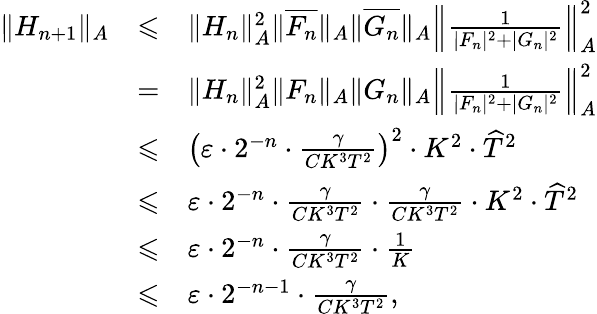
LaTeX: \begin{array}{lcl}{\| H_{n+1}\| _{A}}&{\leqslant}&{\| H_{n}\| _{A}^{2}\| \overline{{F_{n}}}\| _{A}\| \overline{{G_{n}}}\| _{A}\left\| \frac{1}{|F_{n}|^{2}+|G_{n}|^{2}}\right\| _{A}^{2}}\\ &{=}&{\| H_{n}\| _{A}^{2}\| F_{n}\| _{A}\| G_{n}\| _{A}\left\| \frac{1}{|F_{n}|^{2}+|G_{n}|^{2}}\right\| _{A}^{2}}\\ &{\leqslant}&{\left(\varepsilon\cdot 2^{-n}\cdot\frac{\gamma}{CK^{3}T^{2}}\right)^{2}\cdot K^{2}\cdot\widehat{T}^{2}}\\ &{\leqslant}&{\varepsilon\cdot 2^{-n}\cdot\frac{\gamma}{CK^{3}T^{2}}\cdot\frac{\gamma}{CK^{3}T^{2}}\cdot K^{2}\cdot\widehat{T}^{2}}\\ &{\leqslant}&{\varepsilon\cdot 2^{-n}\cdot\frac{\gamma}{CK^{3}T^{2}}\cdot\frac{1}{K}}\\ &{\leqslant}&{\varepsilon\cdot 2^{-n-1}\cdot\frac{\gamma}{CK^{3}T^{2}},}\end{array}